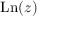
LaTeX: \operatorname { L n } ( z )